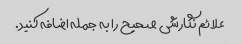
علائم نگارشی صحیح را به جمله اضافه کنید.